Scottish Leaving Certificate Examination, 1960
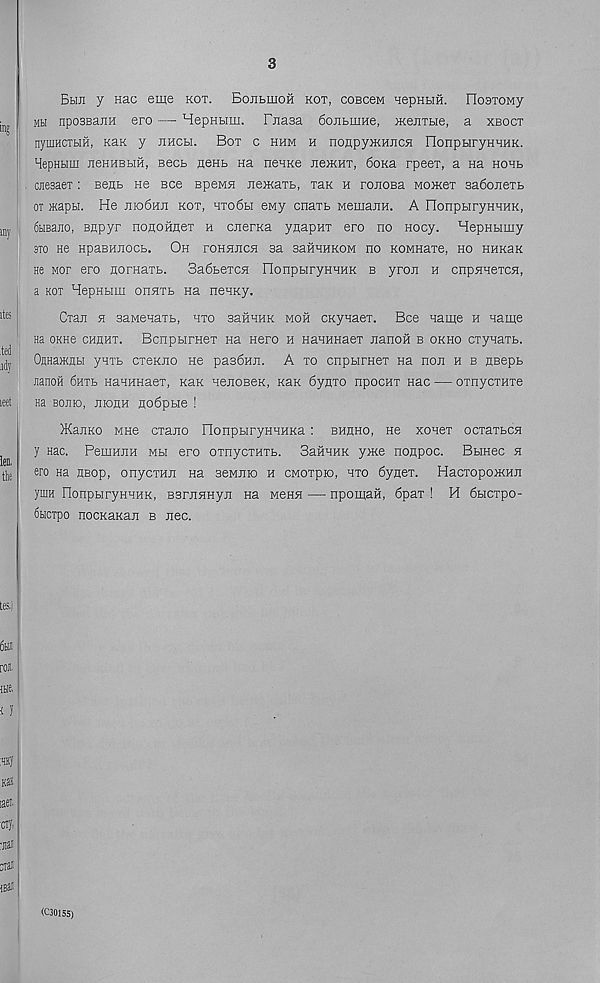
3
Bhji y nac eme kot. Bojibuioh kot, cobcgm HepHtm. llosTOMy
mh npoasanH ero — HepHtim. Fjiasa 6ojiLmHe, acejirae, a xboct
nyuiHCTHH, Kan y jihcbi. Bot c hum h nonpyJKHJicH FIonpbiryHHHK.
HepHbim neHHBbra, Beet neHB Ha neHKe JiejKHT, 6oKa rpeer, a Ha hohb
cjiesaeT: eenb ne Bee BpeMH HemaxL, Tax h rojioBa Momex aadoneTb
ox Hcapbi. He jiio6hji kot, hto6h eMy cnaxt MemajiH. A FIonpbiryHMK,
dbiBano, Bnpyr nonoHnex h cnerKa ynapHx ero no nocy. HepHbimy
arc He HpaBHJiocb. Oh fohhjich sa saHHHKOM no KOMHaxe, ho hhk3k
He Mor ero nornaTb. 3a6beTC5i nonpbiryHHHK b yroir h cnpHnexcn,
a kot HepHbim onaxb na nenKy.
Cxaji n saMenaTb, hto saHHHK moh CKynaex. Bee name h name
Ha OKHe chhht. BcnpbirHex Ha Hero h HaHHnaex nanoH b okho cxynaTb.
OflHamnbi yHTb cxeKno He pasdnn. A xo cnpbirHex Ha non h b HBepb
jianoH 6nTb HaHHHaex, Kan nenoBeK, Kan 6yflxo npoonx nac — oxnycTHxe
na bojho, jiiohh no6pbie !
)Kar[KO Mne exano FIonpbiryHHHKa : bhhho, He xonex ocxaxbCH
y nac. PeuiHJiH mh ero oxnycTHXb. SafiraK yxce nonpoc. Bbinec h
ero na «Bop, onycxHn na seMJiio h CMOTpro, hto Synex. HacxopooKHn
yniH IIonpbiryHHHK, BsrjMHyir na mchh — npomaK, 6pax ! M 6bicxpo-
6hctpo nocKaKan b nee.
(C30155)